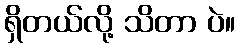
ရှိတယ်လို့ သိတာ ပဲ။